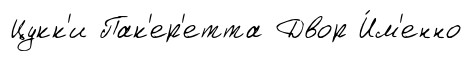
Цукк'и Пак'ер'етта Двор И́м'енно